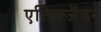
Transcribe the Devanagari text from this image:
एलिक्जैंडर